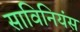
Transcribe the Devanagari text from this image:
साविनियंस